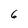
Character: 6